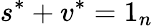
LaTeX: s^{*}+v^{*}=1_{n}